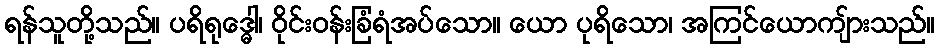
ရန်သူတို့သည်။ ပရိရုဒ္ဓေါ၊ ဝိုင်းဝန်းခြံရံအပ်သော။ ယော ပုရိသော၊ အကြင်ယောကျ်ားသည်။